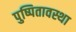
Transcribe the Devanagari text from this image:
पुष्पितावस्था